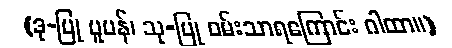
(ဒု-ပြု ပူပန်၊ သု-ပြု ဝမ်းသာရကြောင်း ဂါထာ။)